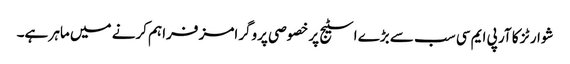
شوارٹز کا آر پی ایم سی سب سے بڑے اسٹیج پر خصوصی پروگرامز فراہم کرنے میں ماہر ہے۔